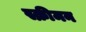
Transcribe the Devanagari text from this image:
स्क्रीमन